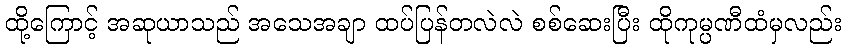
ထို့ကြောင့် အဆုယာသည် အသေအချာ ထပ်ပြန်တလဲလဲ စစ်ဆေးပြီး ထိုကုမ္ပဏီထံမှလည်း